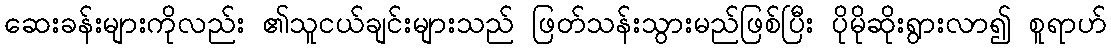
ဆေးခန်းများကိုလည်း ၏သူငယ်ချင်းများသည် ဖြတ်သန်းသွားမည်ဖြစ်ပြီး ပိုမိုဆိုးရွားလာ၍ စူရာဟ်